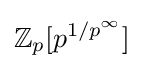
\mathbb {Z} _{p}[p^{1/p^{\infty }}]